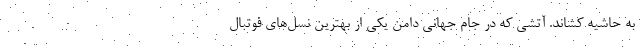
به حاشیه کشاند. آتشی که در جام جهانی دامن یکی از بهترین نسل‌های فوتبال